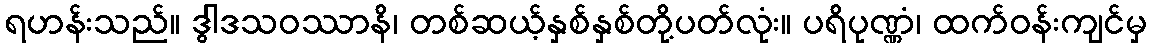
ရဟန်းသည်။ ဒွါဒသဝဿာနိ၊ တစ်ဆယ့်နှစ်နှစ်တို့ပတ်လုံး။ ပရိပုဏ္ဏံ၊ ထက်ဝန်းကျင်မှ